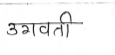
मजकूर: उगवती